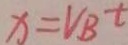
x = V _ { B } t